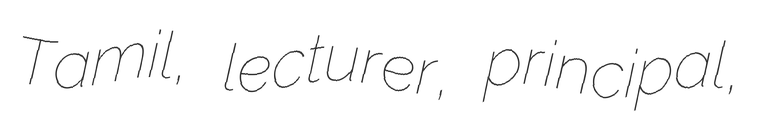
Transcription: Tamil, lecturer, principal,